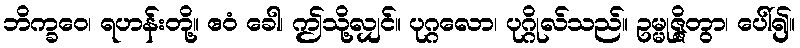
ဘိက္ခဝေ၊ ရဟန်းတို့။ ဧဝံ ခေါ၊ ဤသို့လျှင်။ ပုဂ္ဂလော၊ ပုဂ္ဂိုလ်သည်။ ဥမ္မုဇ္ဇိတွာ၊ ပေါ်၍။